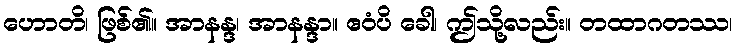
ဟောတိ၊ ဖြစ်၏။ အာနန္ဒ၊ အာနန္ဒာ။ ဧဝံပိ ခေါ၊ ဤသို့လည်း။ တထာဂတဿ၊